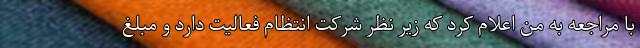
با مراجعه به من اعلام کرد که زیر نظر شرکت انتظام فعالیت دارد و مبلغ